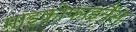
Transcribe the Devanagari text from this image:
माइक्रोफाइनैंस